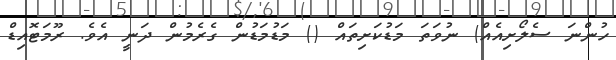
ހުންނަ ސެލޯށިއެއް) ނުވަތަ މަޑުކަށިތައް () މަޑުމަޑުން ގެރެމުން ދަނީ އެވެ. ރޫމަޓޮއިޑް